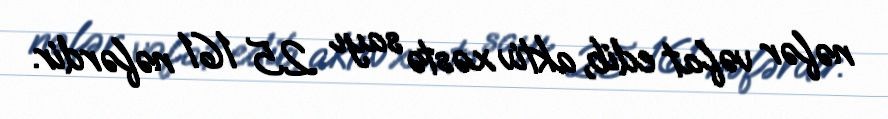
nəfər vəfat edib, aktiv xəstə sayı 25 161 nəfərdir.